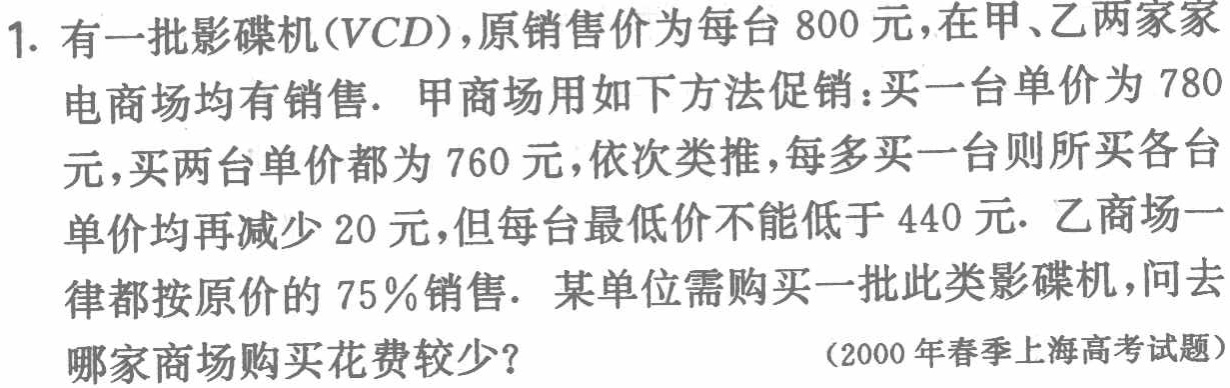
1. 有一批影碟机(VCD)，原销售价为每台800元，在甲、乙两家家电商场均有销售. 甲商场用如下方法促销：买一台单价为780元，买两台单价都为760元，依次类推，每多买一台则所买各台单价均再减少20元，但每台最低价不能低于440元. 乙商场一律都按原价的75％销售. 某单位需购买一批此类影碟机，问去哪家商场购买花费较少？

（2000年春季上海高考试题）